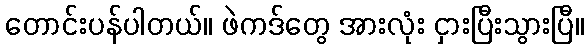
တောင်းပန်ပါတယ်။ ဖဲကဒ်တွေ အားလုံး ငှားပြီးသွားပြီ။